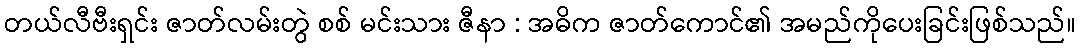
တယ်လီဗီးရှင်း ဇာတ်လမ်းတွဲ စစ် မင်းသား ဇီနာ : အဓိက ဇာတ်ကောင်၏ အမည်ကိုပေးခြင်းဖြစ်သည်။